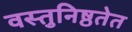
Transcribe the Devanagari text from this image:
वस्तुनिष्ठतेत